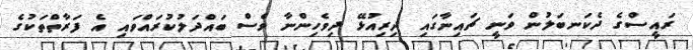
ރައީސްގެ ދެކަނބަލުން ވަނީ ޗައިނާގައި ދިރިއުޅޭ ދިވެހިންނާ ވެސް ބައްދަލުކުރައްވައި އެ ފަރާތްތަކުގެ